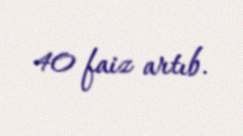
40 faiz artıb.